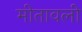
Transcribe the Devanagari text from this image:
मीतावली